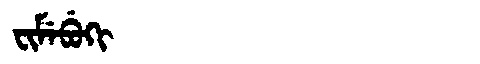
Manchu: ᠸᡳᠮᡝᠪᡠᡴᡳ
Romanization: FIMEBUKI